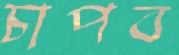
চাপব